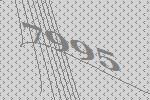
7995